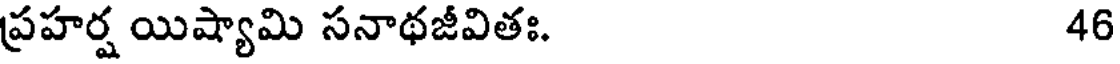
ప్రహర్ష యిష్యామి సనాథజీవితః. 46